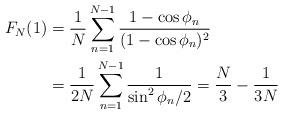
LaTeX: \begin{align*}F_N(1)&=\frac{1}{N}\sum^{N-1}_{n=1}\frac{1-\cos\phi_n}{(1-\cos\phi_n)^2}\\&=\frac{1}{2N}\sum^{N-1}_{n=1}\frac{1}{\sin^2 \phi_n/2}=\frac{N}{3}-\frac{1}{3N}\end{align*}